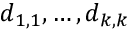
d _ { 1 , 1 } , \ldots , d _ { k , k }